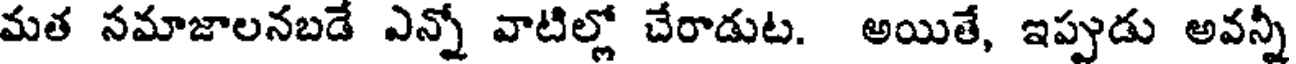
మత సమాజాలనబడే ఎన్నో వాటిల్లో చేరాడుట. అయితే, ఇప్పుడు అవన్నీ